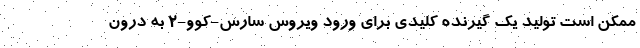
ممکن است تولید یک گیرنده کلیدی برای ورود ویروس سارس-کوو-۲ به درون